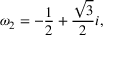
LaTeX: \omega _ { 2 } = - { \frac { 1 } { 2 } } + { \frac { \sqrt { 3 } } { 2 } } i ,